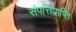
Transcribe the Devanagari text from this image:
संपत्तिप्राप्ति